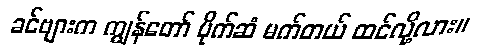
ခင်ဗျားက ကျွန်တော် ပိုက်ဆံ မက်တယ် ထင်လို့လား။